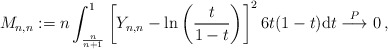
\begin{align*}M_{n,n}:= n \int_{\frac{n}{n+1}}^1\left[Y_{n,n}-\ln\left(\frac{t}{1-t}\right)\right]^2 6t(1-t)\mathrm{d}t\;\smash{\mathop{\longrightarrow}\limits^{ P}}\; 0\,,\end{align*}